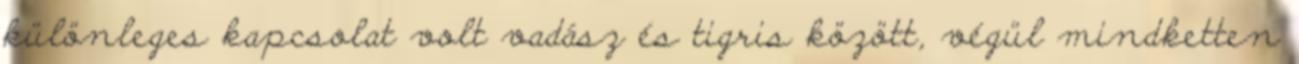
különleges kapcsolat volt vadász és tigris között, végül mindketten